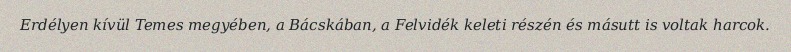
Erdélyen kívül Temes megyében, a Bácskában, a Felvidék keleti részén és másutt is voltak harcok.